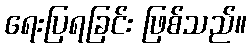
ရေးပြရခြင်း ဖြစ်သည်။